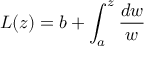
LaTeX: L ( z ) = b + \int _ { a } ^ { z } { \frac { d w } { w } }